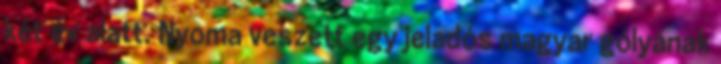
két év alatt. Nyoma veszett egy jeladós magyar gólyának